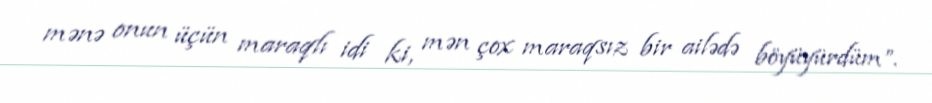
mənə onun üçün maraqlı idi ki, mən çox maraqsız bir ailədə böyüyürdüm”.